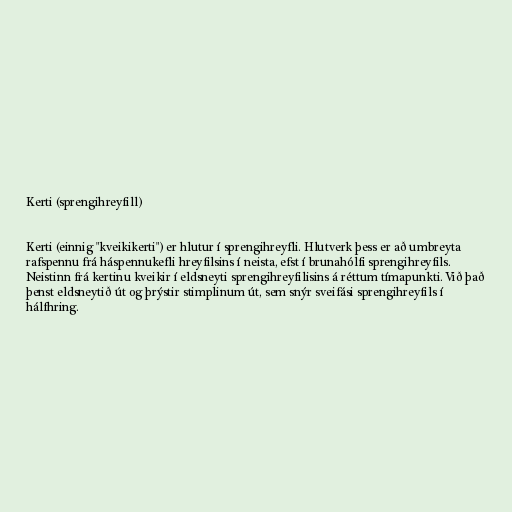
Kerti (sprengihreyfill)

Kerti (einnig "kveikikerti") er hlutur í sprengihreyfli. Hlutverk þess er að umbreyta
rafspennu frá háspennukefli hreyfilsins í neista, efst í brunahólfi sprengihreyfils.
Neistinn frá kertinu kveikir í eldsneyti sprengihreyfilisins á réttum tímapunkti. Við það
þenst eldsneytið út og þrýstir stimplinum út, sem snýr sveifási sprengihreyfils í
hálfhring.